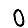
Digit: 0